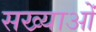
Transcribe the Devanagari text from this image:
सख्याओं